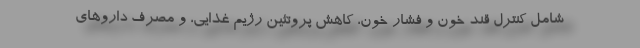
شامل کنترل قند خون و فشار خون، کاهش پروتئین رژیم غذایی، و مصرف داروهای